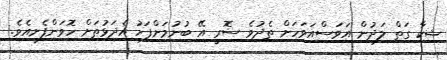
ޝިކާ ގަތް ލަދުން އަވަސްއަވަހަށް ތެދުވެ ސޮރީ އޭ ބުނުމަށްފަހު އެދަޅުތަށް ހޮވަންފެށިއެވެ.